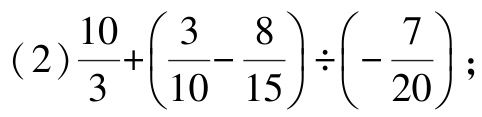
(2)$\frac{10}{3}+\left(\frac{3}{10}-\frac{8}{15}\right)\div\left(-\frac{7}{20}\right)$;